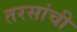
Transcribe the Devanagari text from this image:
तरसांची